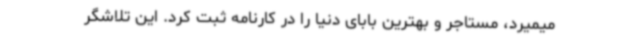
میمیرد، مستاجر و بهترین بابای دنیا را در کارنامه ثبت کرد. این تلاشگر